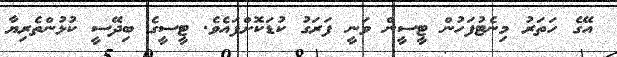
އޭގެ ހަތަރު މިނެޓުފަހުން ޓީސީން ވަނީ ފަރަގު ކުޑަކޮށްފައެވެ. ޓީސީގެ ބިދޭސީ ކުޅުންތެރިޔާ